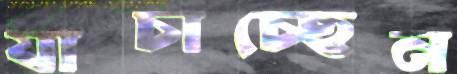
যাচাচ্ছেন